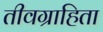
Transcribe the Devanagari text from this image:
तीवग्राहिता